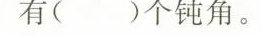
有()个钝角。